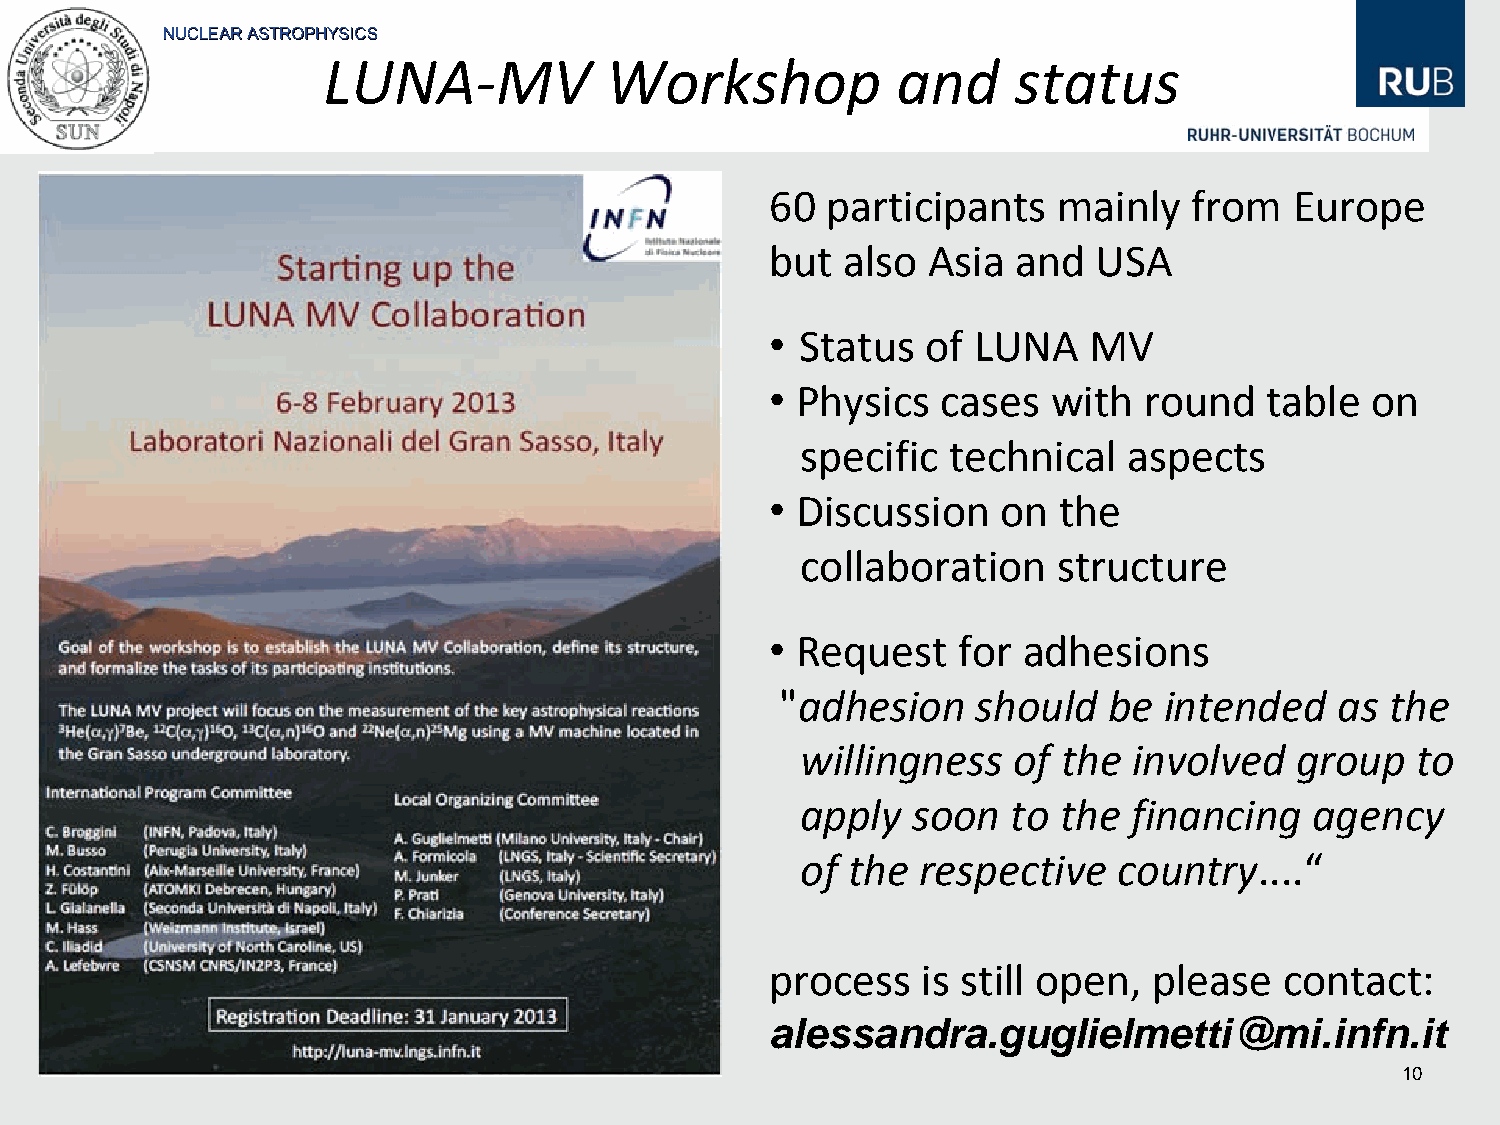
NNUUCCLLEEAARR AASSTTRROOPPHHYYSSIICCSS
 LUNA‐MV            Workshop           and     status
 60  participants   mainly   from   Europe
 but  also  Asia  and  USA
 • Status   of LUNA    MV
 • Physics   cases  with  round   table  on
 specifi c technical   aspects
 • Discussion    on  the
 collabo  ration  structure
 • Request    for adhesions
 "adhesion    should   be intended    as the
 willingness   of  the involved   group   to
 apply   soon  to  the financing   agency
 of  the respective   country....“
 process   is still open,  please  contact:
 alessandra.guglielmetti@mi.infn.it
 10